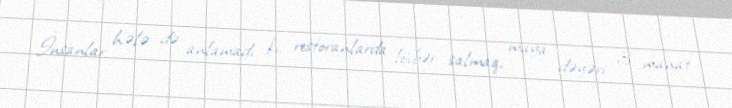
İnsanlar hələ də anlamadı ki, restoranlarda lövbər salmaq, maya dəyəri 3 manat